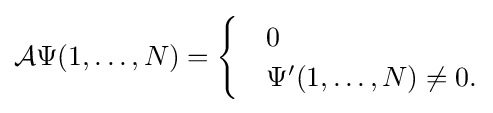
{\mathcal {A}}\Psi (1,\ldots ,N)={\begin{cases}&0\\&\Psi '(1,\dots ,N)\neq 0.\end{cases}}